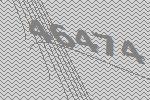
46474